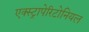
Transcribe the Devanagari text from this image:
एक्स्ट्रापेरिटोनियल